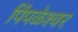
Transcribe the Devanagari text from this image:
पिंपळेश्‍वर